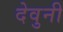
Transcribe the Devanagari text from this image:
देवुनी